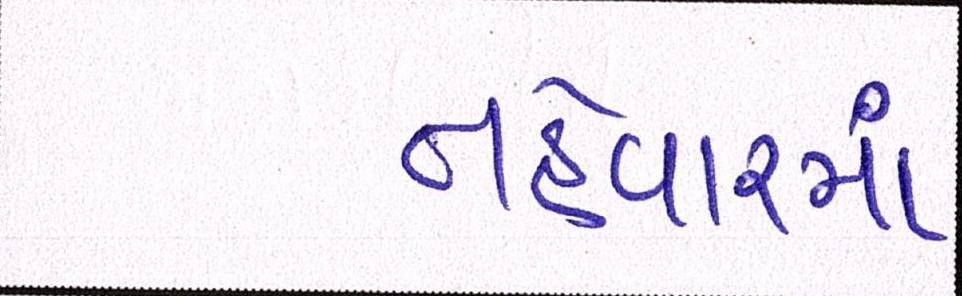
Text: તહેવારમાં